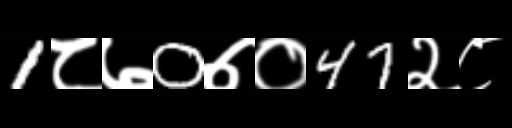
Text: 1८७0७०47२८